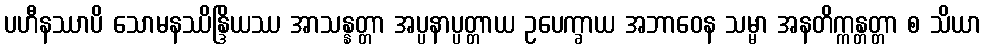
ပဟီနဿာပိ သောမနဿိန္ဒြိယဿ အာသန္နတ္တာ အပ္ပနာပ္ပတ္တာယ ဥပေက္ခာယ အဘာဝေန သမ္မာ အနတိက္ကန္တတ္တာ စ သိယာ